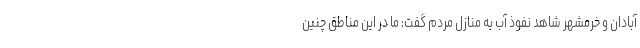
آبادان و خرمشهر شاهد نفوذ آب به منازل مردم گفت: ما در این مناطق چنین